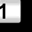
Digit: 1